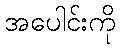
အပေါင်းကို